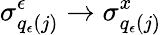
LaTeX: \sigma_{q_{\epsilon}(j)}^{\epsilon}\to\sigma_{q_{\epsilon}(j)}^{x}